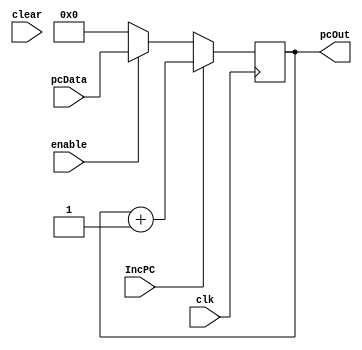
module PC_reg(
input clear, clk, IncPC, enable,
	input [31:0] pcData,
	output reg[31:0] pcOut
	);
	
	always @ (posedge clk)
	begin
		if(IncPC == 1)
			pcOut <= pcOut + 1;
		else if (enable == 1)
			pcOut <= pcData;
		else if (clear ==1)
			pcOut<= 32'b0;
		else 
			pcOut<= 32'b0;
	end			
 endmodule